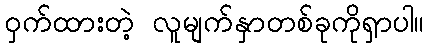
ဝှက်ထားတဲ့ လူမျက်နှာတစ်ခုကိုရှာပါ။